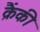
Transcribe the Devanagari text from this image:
क्रैंकी